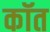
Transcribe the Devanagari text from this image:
कॉत